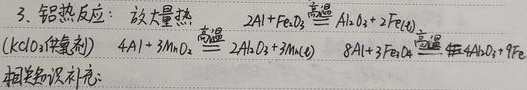
3. 铝热反应：放大量热
\(2Al + Fe_{2}O_{3}\stackrel{高温}{=\!=\!=}Al_{2}O_{3}+2Fe\)（\(KClO_{3}\)作氧化剂）
\(4Al + 3MnO_{2}\stackrel{高温}{=\!=\!=}2Al_{2}O_{3}+3Mn\)
\(8Al + 3Fe_{3}O_{4}\stackrel{高温}{=\!=\!=}4Al_{2}O_{3}+9Fe\)
相关知识补充：